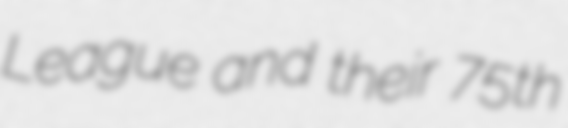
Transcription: League and their 75th